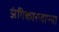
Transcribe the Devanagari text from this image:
अंगिकारणाऱ्या